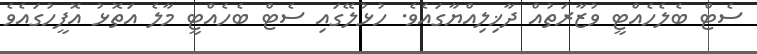
ސެޓް ބެލެހެއްޓީ ވުޒާރަތުއް ދާޚިލިއްޔާގައެވެ. ހުޅުލޭގައި ސެޓް ބެހެއްޓީ މާލެ އަތޮޅު އޮފީހުގައެވެ